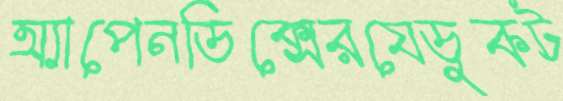
অ্যাপেনডিক্সেরযেডুকট